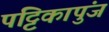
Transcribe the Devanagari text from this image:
पट्टिकापुंज